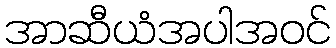
အာဆီယံအပါအဝင်